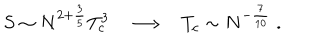
S \sim N ^ { 2 + \frac { 3 } { 5 } } T _ { c } ^ { 3 } \longrightarrow T _ { c } \sim N ^ { - \frac { 7 } { 1 0 } } \; .